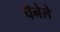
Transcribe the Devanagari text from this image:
चॅनेले